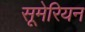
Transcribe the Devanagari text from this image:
सूमेरियन